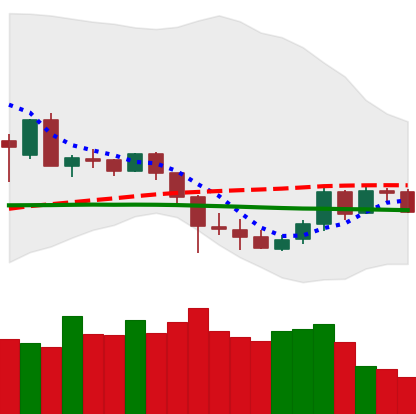
Ticker: DOGE-USD
Chart end date: 2020-03-07
Forward return: -36.091%
Label: down_7plus